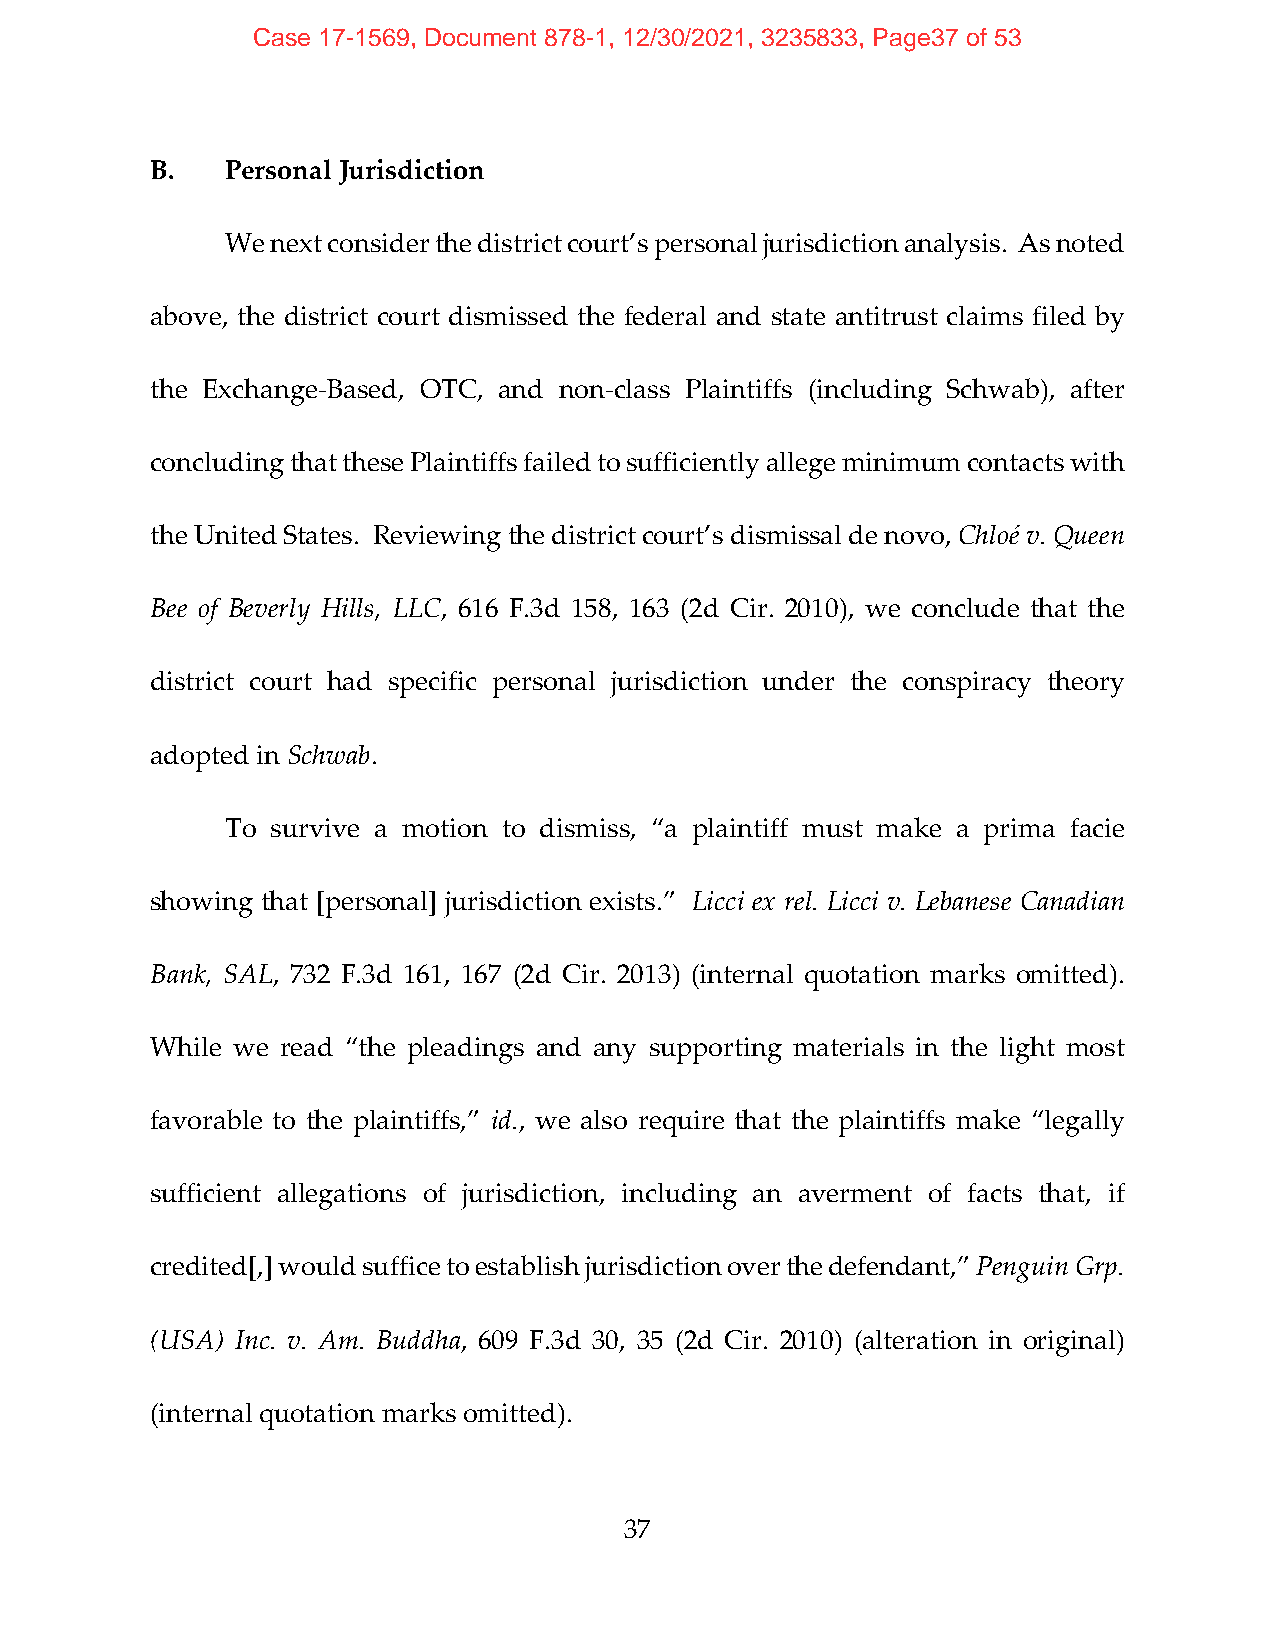
Case 17-1569, Document 878-1, 12/30/2021, 3235833, Page37 of 53
 B.   Personal Jurisdiction
 We next consider the district court’s personal jurisdiction analysis. As noted
 above, the district court dismissed the federal and state antitrust claims filed by
 the Exchange‐Based, OTC, and non‐class Plaintiffs (including Schwab), after
 concluding that these Plaintiffs failed to sufficiently allege minimum contacts with
 the United States. Reviewing the district court’s dismissal de novo, Chloé v. Queen
 Bee of Beverly Hills, LLC, 616 F.3d 158, 163 (2d Cir. 2010), we conclude that the
 district court had specific personal jurisdiction under the conspiracy theory
 adopted in Schwab.
 To survive a motion to dismiss, “a plaintiff must make a prima facie
 showing that [personal] jurisdiction exists.” Licci ex rel. Licci v. Lebanese Canadian
 Bank, SAL, 732 F.3d 161, 167 (2d Cir. 2013) (internal quotation marks omitted).
 While we read “the pleadings and any supporting materials in the light most
 favorable to the plaintiffs,” id., we also require that the plaintiffs make “legally
 sufficient allegations of jurisdiction, including an averment of facts that, if
 credited[,] would suffice to establish jurisdiction over the defendant,” Penguin Grp.
 (USA) Inc. v. Am. Buddha, 609 F.3d 30, 35 (2d Cir. 2010) (alteration in original)
 (internal quotation marks omitted).
 37